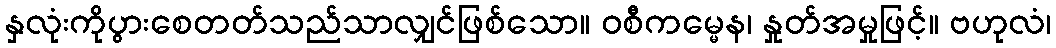
နှလုံးကိုပွားစေတတ်သည်သာလျှင်ဖြစ်သော။ ဝစီကမ္မေန၊ နှုတ်အမှုဖြင့်။ ဗဟုလံ၊